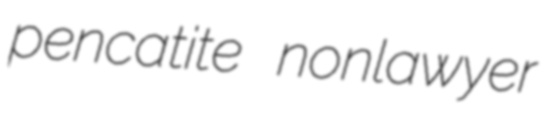
pencatite nonlawyer